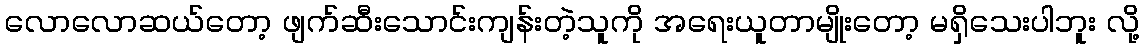
လောလောဆယ်တော့ ဖျက်ဆီးသောင်းကျန်းတဲ့သူကို အရေးယူတာမျိုးတော့ မရှိသေးပါဘူး လို့